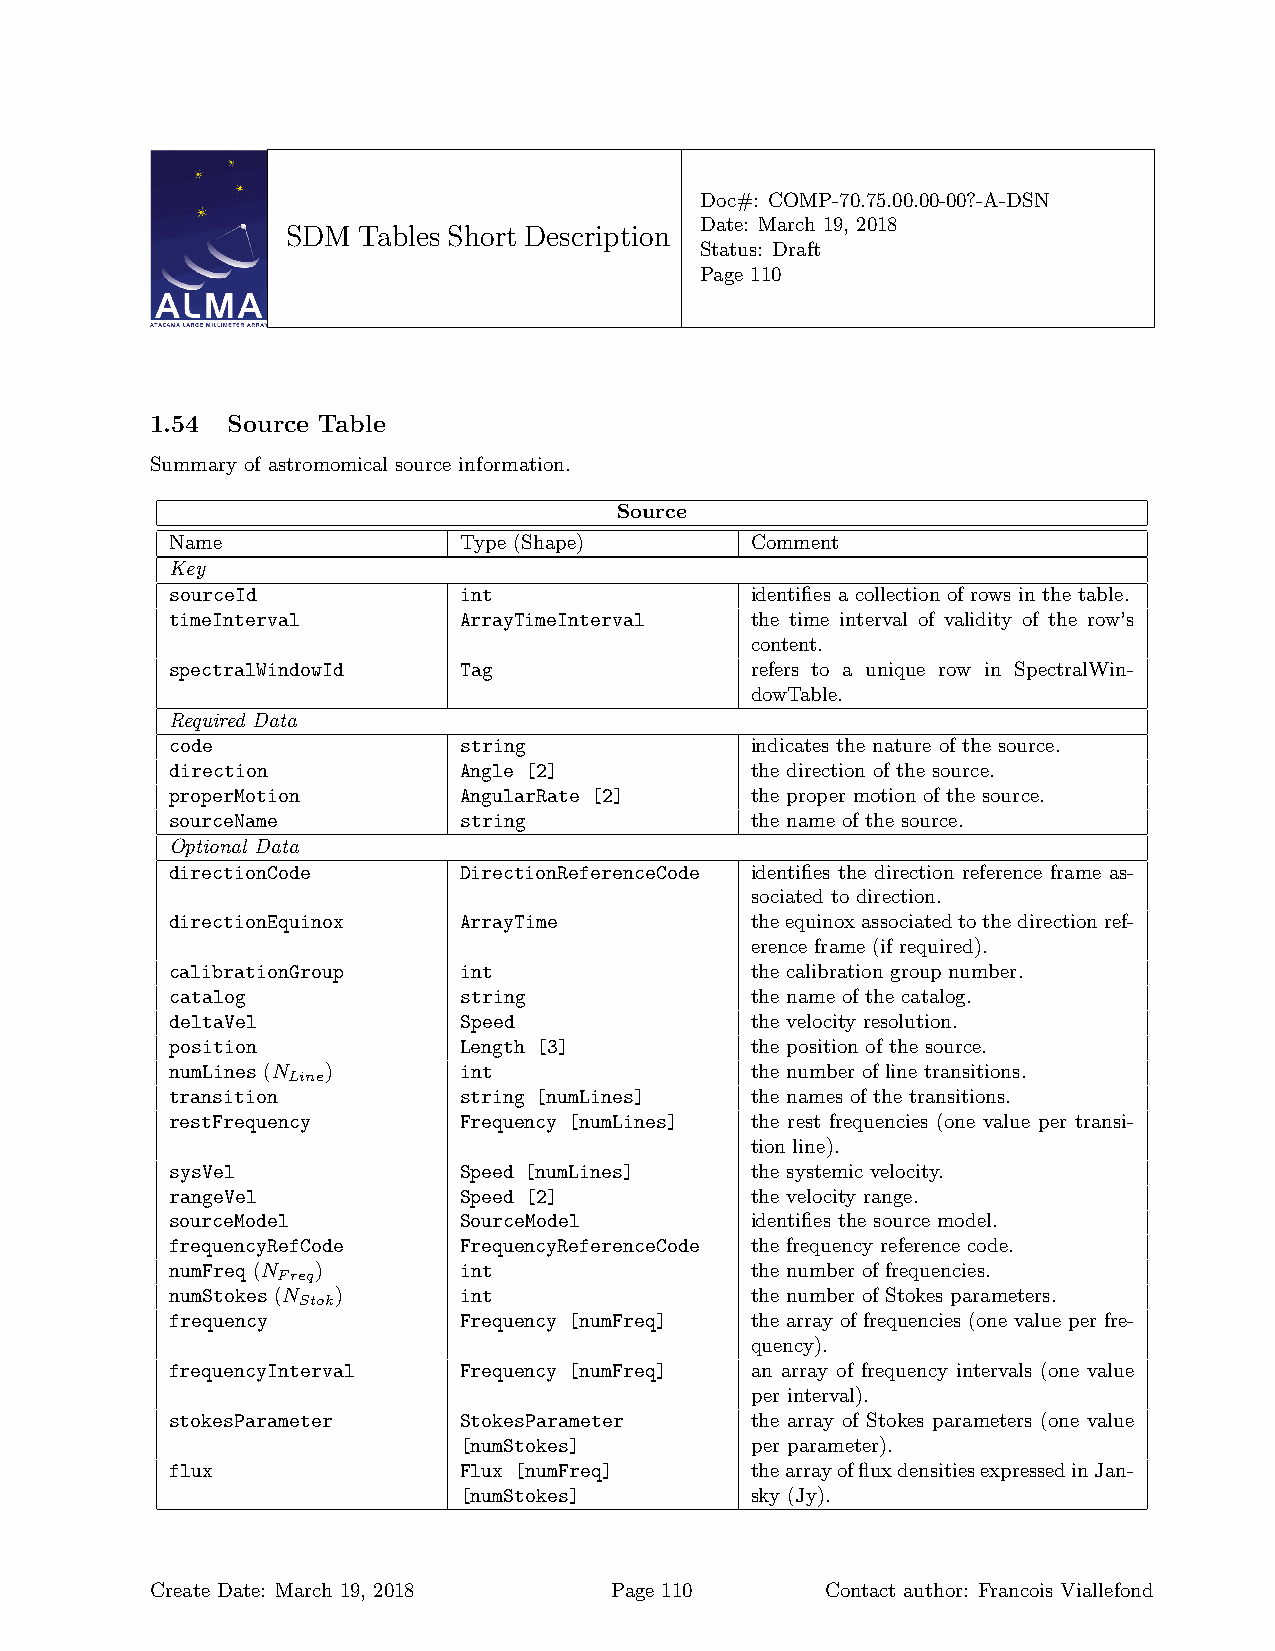
Doc#: COMP-70.75.00.00-00?-A-DSN
 Date: March 19, 2018
 SDM  Tables Short Description
 Status: Draft
 Page 110
 1.54 Source Table
 Summary of astromomical source information.
 Source
 Name               Type (Shape)        Comment
 Key
 sourceId           int                 identifies a collection of rows in the table.
 timeInterval       ArrayTimeInterval   the time interval of validity of the row’s
 content.
 spectralWindowId   Tag                 refers to a unique row in SpectralWin-
 dowTable.
 Required Data
 code               string              indicates the nature of the source.
 direction          Angle [2]           the direction of the source.
 properMotion       AngularRate [2]     the proper motion of the source.
 sourceName         string              the name of the source.
 Optional Data
 directionCode      DirectionReferenceCode identifies the direction reference frame as-
 sociated to direction.
 directionEquinox   ArrayTime           theequinoxassociatedtothedirectionref-
 erence frame (if required).
 calibrationGroup   int                 the calibration group number.
 catalog            string              the name of the catalog.
 deltaVel           Speed               the velocity resolution.
 position           Length [3]          the position of the source.
 numLines (N )      int                 the number of line transitions.
 Line
 transition         string [numLines]   the names of the transitions.
 restFrequency      Frequency [numLines] the rest frequencies (one value per transi-
 tion line).
 sysVel             Speed [numLines]    the systemic velocity.
 rangeVel           Speed [2]           the velocity range.
 sourceModel        SourceModel         identifies the source model.
 frequencyRefCode   FrequencyReferenceCode the frequency reference code.
 numFreq (N )       int                 the number of frequencies.
 Freq
 numStokes (N )     int                 the number of Stokes parameters.
 Stok
 frequency          Frequency [numFreq] the array of frequencies (one value per fre-
 quency).
 frequencyInterval  Frequency [numFreq] an array of frequency intervals (one value
 per interval).
 stokesParameter    StokesParameter     the array of Stokes parameters (one value
 [numStokes]         per parameter).
 flux               Flux [numFreq]      thearrayoffluxdensitiesexpressedinJan-
 [numStokes]         sky (Jy).
 Create Date: March 19, 2018   Page 110       Contact author: Francois Viallefond